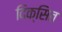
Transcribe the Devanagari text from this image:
दिक्सित